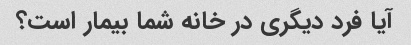
آیا فرد دیگری در خانه شما بیمار است؟